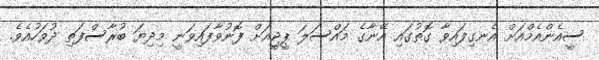
ސީއެންއެމްއަށް އެނގިފައިވާ ގޮތުގައި އޭނާގެ މައްސަލަ ޕީޖީއަށް ފޮނުވާފައިވަނީ މިދިޔަ ބުރާސްފަތި ދުވަހުއެވެ.